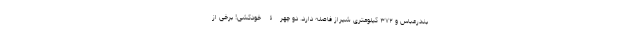
بندرعباس و ۳۷۲ کیلومتری شیراز فاصله دارد. دو چهرۀ خودکشی! برخی از